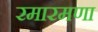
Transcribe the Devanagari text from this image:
रमारमणा